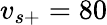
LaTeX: v_{s+}=80